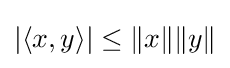
|\langle x,y\rangle |\leq \|x\|\|y\|